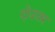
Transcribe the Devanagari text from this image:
दोउतर